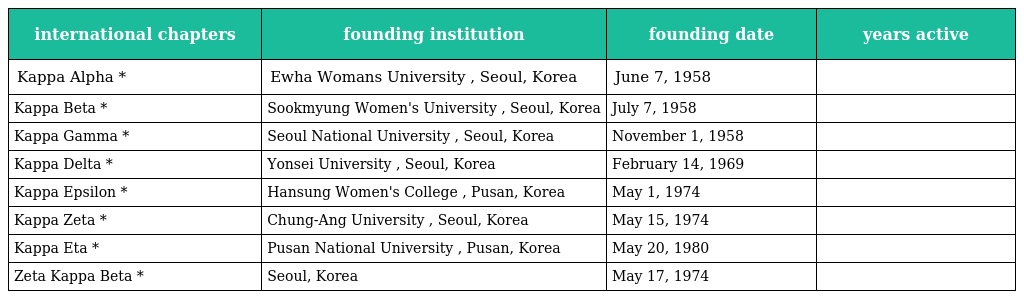
| international chapters | founding institution | founding date | years active |
 | --- | --- | --- | --- |
 | Kappa Alpha * | Ewha Womans University , Seoul, Korea | June 7, 1958 |  |
 | Kappa Beta * | Sookmyung Women's University , Seoul, Korea | July 7, 1958 |  |
 | Kappa Gamma * | Seoul National University , Seoul, Korea | November 1, 1958 |  |
 | Kappa Delta * | Yonsei University , Seoul, Korea | February 14, 1969 |  |
 | Kappa Epsilon * | Hansung Women's College , Pusan, Korea | May 1, 1974 |  |
 | Kappa Zeta * | Chung-Ang University , Seoul, Korea | May 15, 1974 |  |
 | Kappa Eta * | Pusan National University , Pusan, Korea | May 20, 1980 |  |
 | Zeta Kappa Beta * | Seoul, Korea | May 17, 1974 |  |